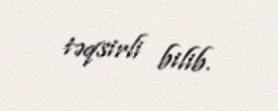
təqsirli bilib.